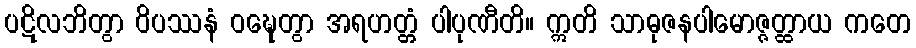
ပဋိလဘိတွာ ဝိပဿနံ ဝဍ္ဎေတွာ အရဟတ္တံ ပါပုဏီတိ။ ဣတိ သာဓုဇနပါမောဇ္ဇတ္ထာယ ကတေ